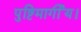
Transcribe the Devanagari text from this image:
पुष्टिमार्गीय।